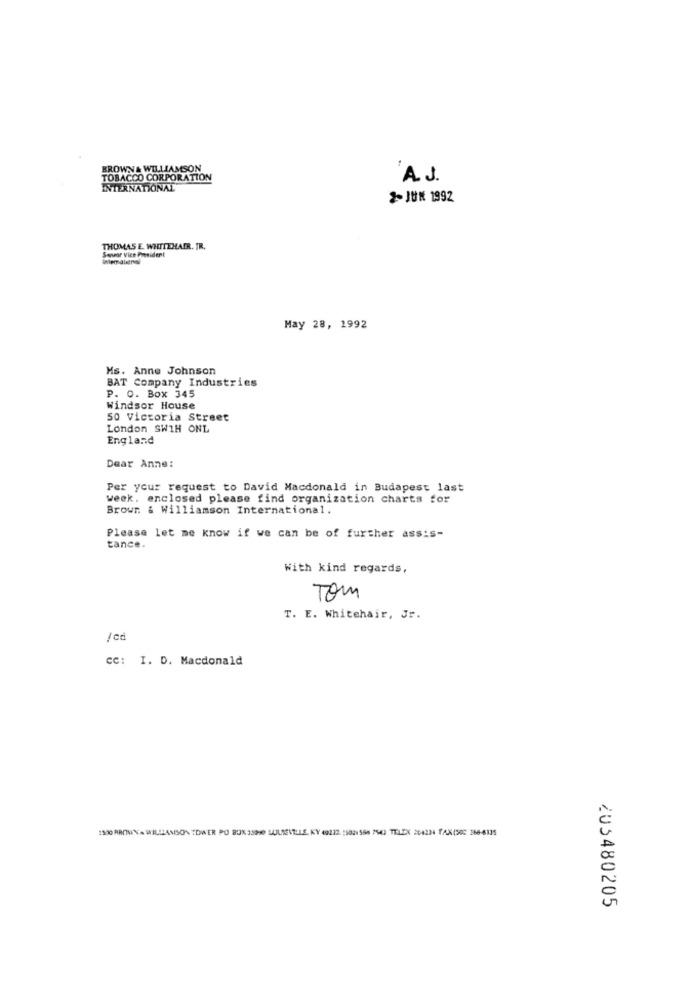
BROWN& WILLIAMSON
TOBACCO CORPORATION
'A.J.
INTERNATIONAL
2JUN 1992
Sensor Vice President
THOMAS E. WHITEHAIR. JR.
May 28, 1992
Ms. Anne Johnson
BAT Company Industries
P. O. Box 345
Windsor House
50 Victoria Street
London SW1H ONL
England
Dear Anne:
Per your request to David Macdonald in Budapest last
week. enclosed please find organization charts for
Browr & Williamson International.
Please let me know if we can be of further assis-
tance.
With kind regards,
Tom
T. E. Whitehair, Jr.
/cd
CC: I. D. Macdonald
1500 AROM Y'A WILLIAMSON TOWER PO BOX 3390 MULIEVILLE, KY 49212. 55021568 7543 TELCX 204224 TAX(502 260-6335
203480205